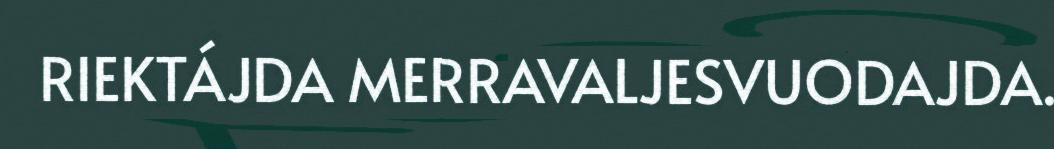
RIEKTÁJDA MERRAVALJESVUODAJDA.